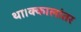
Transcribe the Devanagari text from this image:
था।क्कालांतर